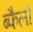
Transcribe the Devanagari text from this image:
ब्फैलो